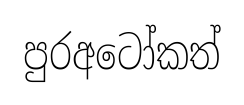
පුරඅටෝකත්